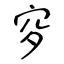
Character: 穸